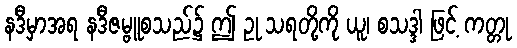
နဒီမှာအရ နဒီဇမ္ဗူစသည်၌ ဤ ဥု သရတို့ကို ယူ၊ စသဒ္ဒါ ဖြင့် ကတ္တု